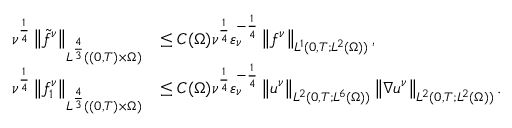
\begin{array} { r l } { \nu ^ { \frac 1 4 } \left\lVert \tilde { f } ^ { \nu } \right\rVert _ { L ^ { \frac 4 3 } ( ( 0 , T ) \times \Omega ) } } & { \le C ( \Omega ) \nu ^ { \frac 1 4 } \varepsilon _ { \nu } ^ { - \frac 1 4 } \left\lVert f ^ { \nu } \right\rVert _ { L ^ { 1 } ( 0 , T ; L ^ { 2 } ( \Omega ) ) } , } \\ { \nu ^ { \frac 1 4 } \left\lVert f _ { 1 } ^ { \nu } \right\rVert _ { L ^ { \frac 4 3 } ( ( 0 , T ) \times \Omega ) } } & { \le C ( \Omega ) \nu ^ { \frac 1 4 } \varepsilon _ { \nu } ^ { - \frac 1 4 } \left\lVert u ^ { \nu } \right\rVert _ { L ^ { 2 } ( 0 , T ; L ^ { 6 } ( \Omega ) ) } \left\lVert \nabla u ^ { \nu } \right\rVert _ { L ^ { 2 } ( 0 , T ; L ^ { 2 } ( \Omega ) ) } . } \end{array}